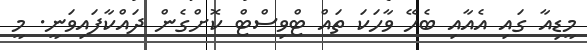
މީޑިއާ ގައި އެއާއި ބެހޭ ވާހަކަ ތައް ޓްވިސްޓް ކޮށްގެން ދައްކާފައިވަނީ. މީ